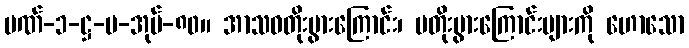
ပဏ်-၁-ဋ္ဌ-ပ-အုပ်-၈၀။ အာသဝတိုးပွားကြောင်း၊ မတိုးပွားကြောင်းများကို ဟောသော